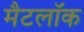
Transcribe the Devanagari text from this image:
मैटलॉक